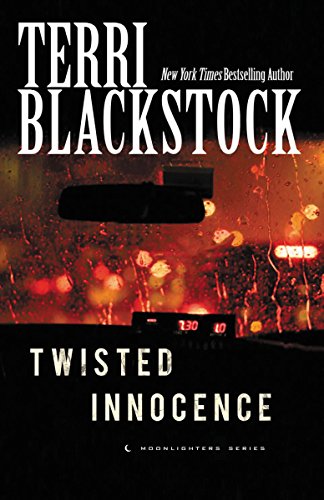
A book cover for Twisted Innocence (Moonlighters Series); Terri Blackstock; Mystery, Thriller & Suspense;